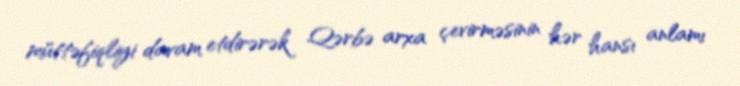
müttəfiqliyi davam etdirərək Qərbə arxa çevirməsinin hər hansı anlamı